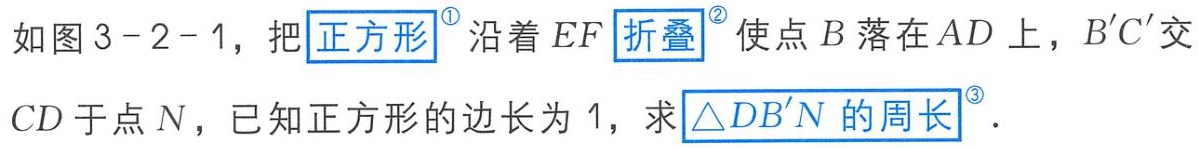
如图3 - 2 - 1，把正方形沿着\(EF\)折叠使点\(B\)落在\(AD\)上，\(B'C'\)交\(CD\)于点\(N\)，已知正方形的边长为\(1\)，求\(\triangle DB'N\)的周长。